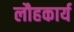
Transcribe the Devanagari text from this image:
लौहकार्य